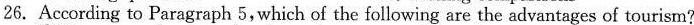
26. According to Paragraph 5,which of the following are the advantages of tourism?